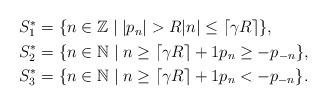
LaTeX: \begin{align*} \begin{aligned}S_1^* & = \{ n \in \mathbb Z \mid |p_n| > R |n| \leq \lceil \gamma R \rceil \}, \\ S_2^* & = \{ n \in \mathbb N \mid n \geq \lceil \gamma R \rceil + 1 p_n \geq -p_{-n} \}, \\S_3^* & = \{ n \in \mathbb N \mid n \geq \lceil \gamma R \rceil + 1 p_n < -p_{-n} \}. \end{aligned}\end{align*}